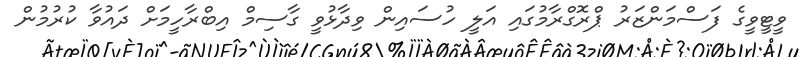
ވީޓީވީގެ ފަސްމަންޒަރު ޕްރޮގްރާމުގައި އަލީ ހުސައިން ވިދާޅުވީ ގާސިމް އިބްރާހީމަށް ދައުވާ ކުރުމުން